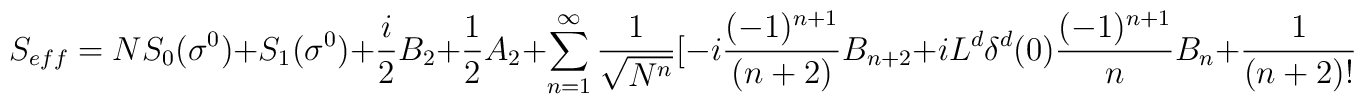
S_{eff}=NS_{0}(\sigma^{0})+S_{1}(\sigma^{0})+{i\over 2}B_{2}+{1\over 2}A_{2}+\sum_{n=1}^{\infty}{1\over\sqrt{N^{n}}} \big[-i{(-1)^{n+1}\over (n+2)}B_{n+2}+iL^{d}\delta^{d}(0){(-1)^{n+1}\over n}B_{n}+{1\over (n+2)!}A_{n+2}\big]